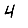
Digit: 4